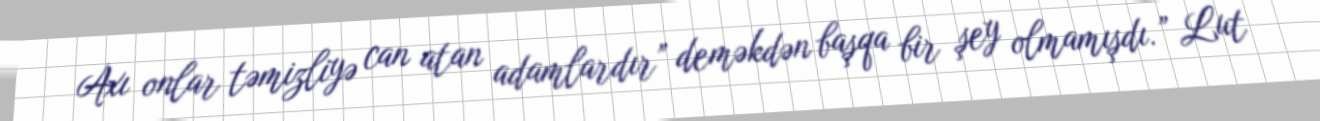
Axı onlar təmizliyə can atan adamlardır” deməkdən başqa bir şey olmamışdı.” Lut